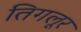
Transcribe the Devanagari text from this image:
तिगलूर